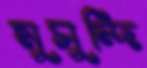
মুসুন্দি